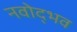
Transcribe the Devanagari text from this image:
नवोद्भव